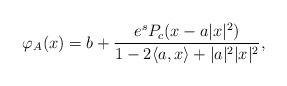
LaTeX: \begin{align*}\varphi_{A}(x)=b+\frac{e^sP_c(x-a|x|^2)}{1-2\langle a,x\rangle+|a|^2|x|^2},\end{align*}